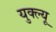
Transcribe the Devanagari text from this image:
युक्ल्यू